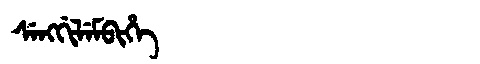
Manchu: ᠰᡝᠩᡤᡳᠯᡝᠮᠪᡳᡥᡝ
Romanization: SENGGILEMBIHE